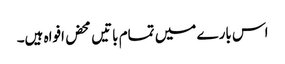
اس بارے میں تمام باتیں محض افواہ ہیں۔